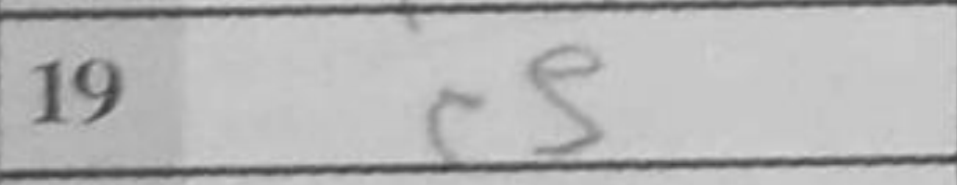
Transcription: c5